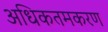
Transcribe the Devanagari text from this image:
अधिकतमकरण